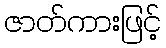
ဇာတ်ကားဖြင့်